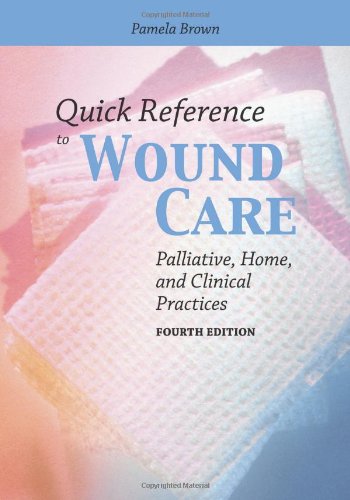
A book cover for Quick Reference To Wound Care: Palliative, Home, and Clinical Practices; Pamela Brown; Medical Books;